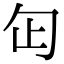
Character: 𠣏